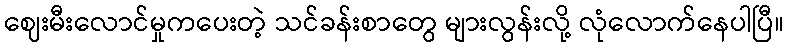
ဈေးမီးလောင်မှုကပေးတဲ့ သင်ခန်းစာတွေ များလွန်းလို့ လုံလောက်နေပါပြီ။